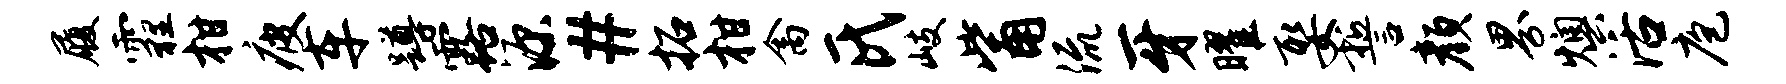
履霾柑疲车蹲露源#拓柑禽氏岐觜流牙曜娶誓颜界燠活庖